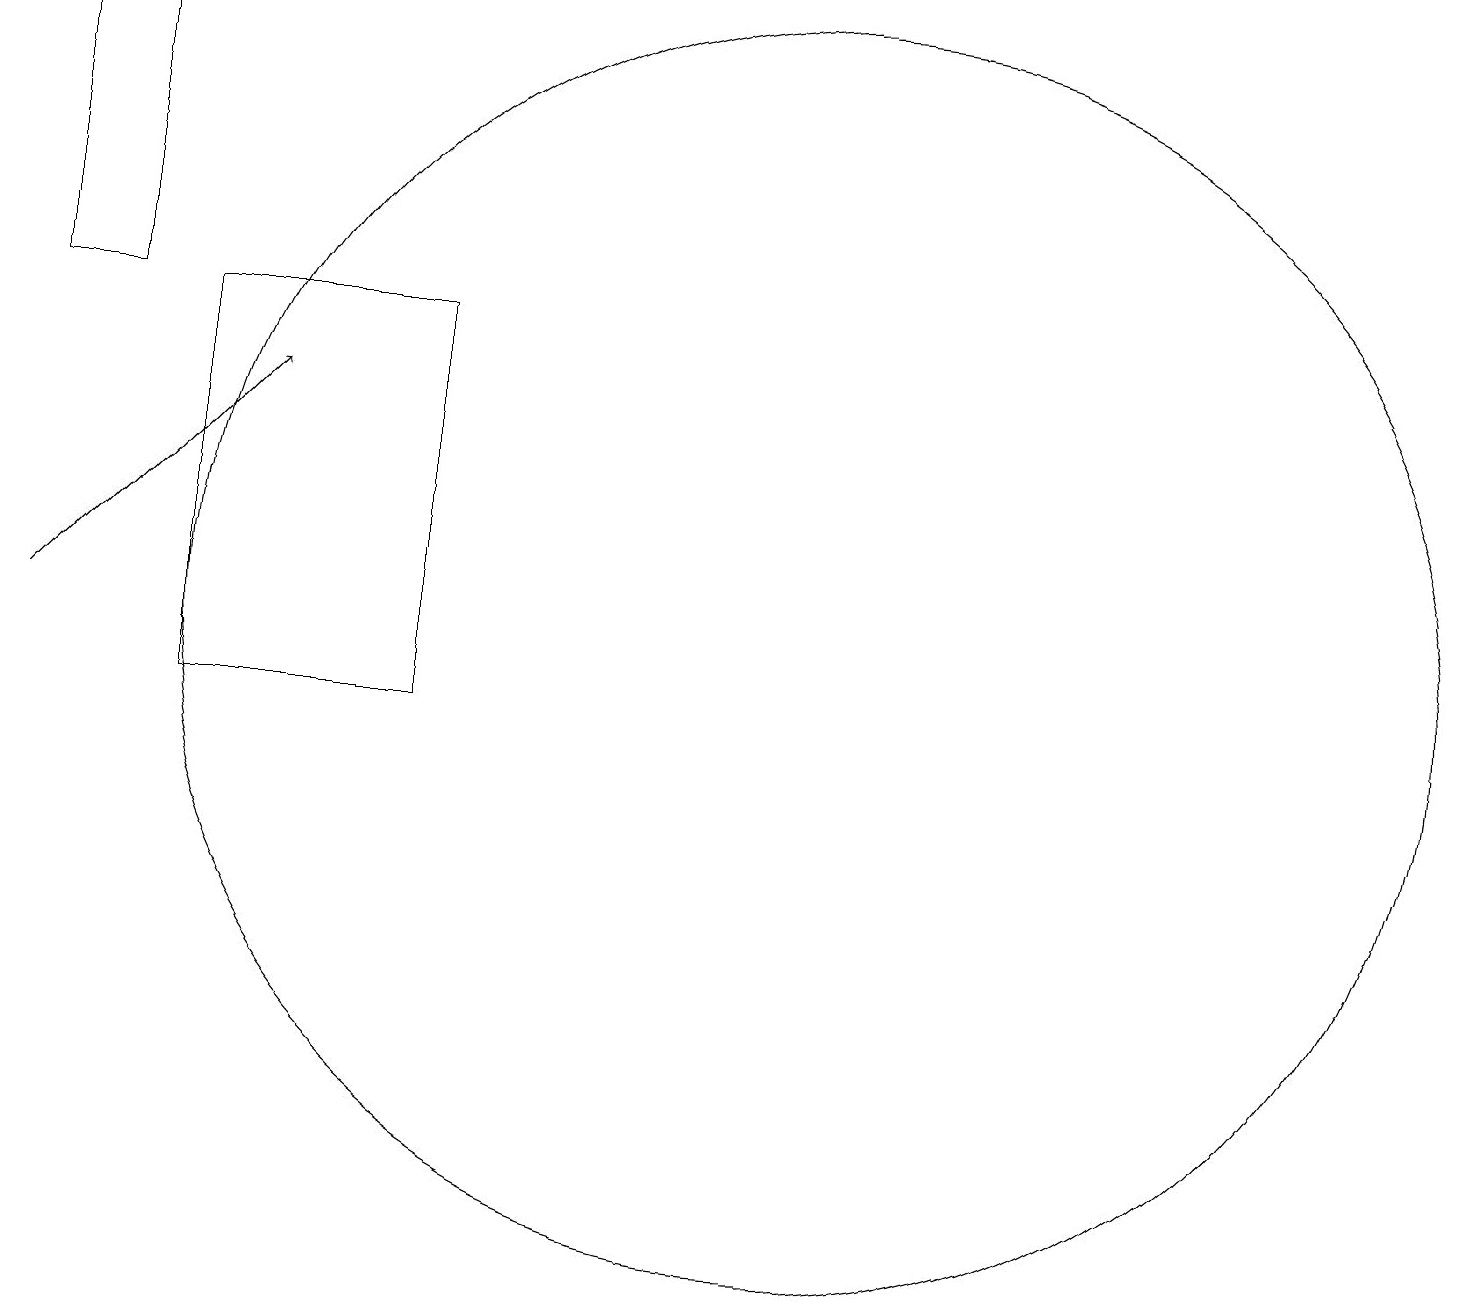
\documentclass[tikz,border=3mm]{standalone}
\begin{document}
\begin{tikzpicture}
\draw (6,10) rectangle (3,15);
\draw (1,19) rectangle (2,15);
\draw (11,11) circle (8);
\draw[->] (1,11) -- (4,14);
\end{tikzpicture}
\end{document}